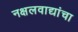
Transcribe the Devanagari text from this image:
नक्षलवाद्यांचा